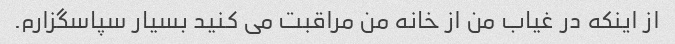
از اینکه در غیاب من از خانه من مراقبت می کنید بسیار سپاسگزارم.